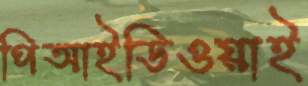
পিআইডিওয়াই